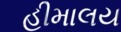
હીમાલય